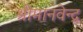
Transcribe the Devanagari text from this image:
श्रीमानवेन्द्र